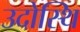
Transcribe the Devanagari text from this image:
उदोस्थि